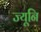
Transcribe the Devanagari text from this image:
ज्यूनि